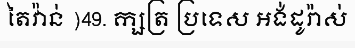
តៃវ៉ាន់ )49. ក្សត្រ ប្រទេស អង់ដូរ៉ាស់